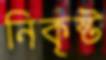
নিকৃষ্ট